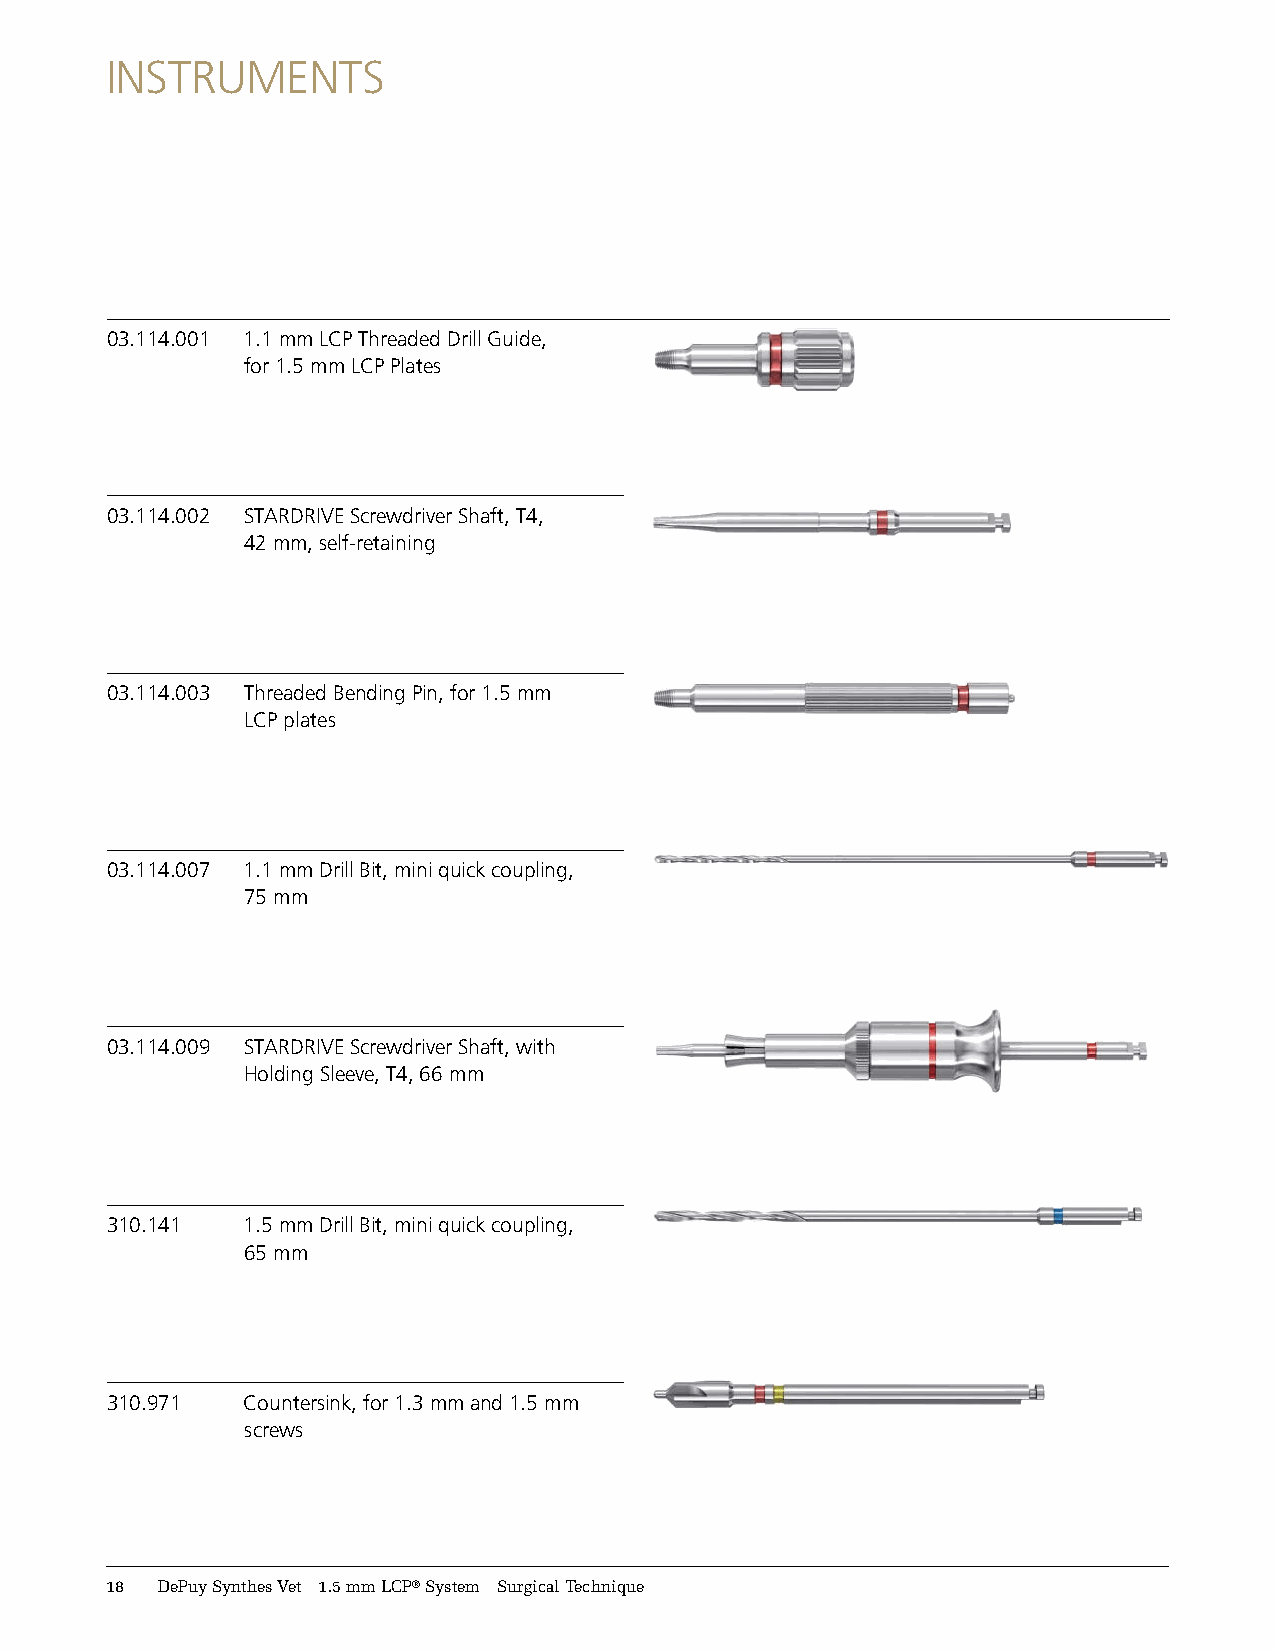
INSTRUMENTS
 03.114.001 1.1 mm LCP Threaded Drill Guide,
 for 1.5 mm LCP Plates
 03.114.002 STARDRIVE Screwdriver Shaft, T4,
 42 mm, self-retaining
 03.114.003 Threaded Bending Pin, for 1.5 mm
 LCP plates
 03.114.007 1.1 mm Drill Bit, mini quick coupling,
 75 mm
 03.114.009 STARDRIVE Screwdriver Shaft, with
 Holding Sleeve, T4, 66 mm
 310.141  1.5 mm Drill Bit, mini quick coupling,
 65 mm
 310.971  Countersink, for 1.3 mm and 1.5 mm
 screws
 18 DePuySynthesVet 1.5mmLCP®System SurgicalTechnique